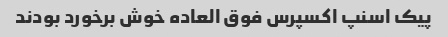
پیک اسنپ اکسپرس فوق العاده خوش برخورد بودند